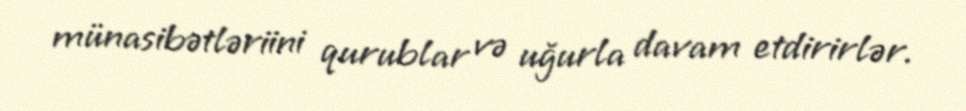
münasibətləriini qurublar və uğurla davam etdirirlər.